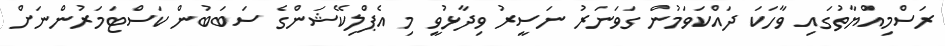
ރަސްމިއްޔާތުގައި ވާހަކަ ދައްކަވަމުން ގަވަނަރު ނަސީރު ވިދާޅުވީ މި އެޕްލިކޭޝަންގެ ސަބަބުން ކަސްޓަމަރުންނަށް